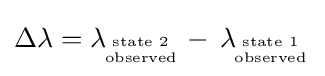
\Delta \lambda =\lambda \!_{{\text{state 2}} \atop {\text{observed}}}-\,\lambda \!_{{\text{state 1}} \atop {\text{observed}}}